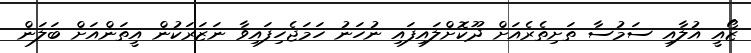
ޒޯއީ އުލާއި ސަމުސާ ތަށިތެރެއަށް ދޫކޮށްލައިފައި ނުހަނު ހަމަޖެހިފައިވާ ނަޒަރަކުން އީތަންއަށް ބަލަން